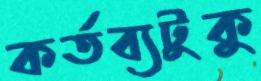
কর্তব্যটুকু